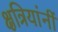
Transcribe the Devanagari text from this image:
क्षत्रियांनीं